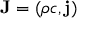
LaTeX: \mathbf { J } = \left( \rho c , \mathbf { j } \right)